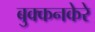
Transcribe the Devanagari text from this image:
बुक्कनकेरे